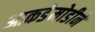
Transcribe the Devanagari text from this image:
आकडेमोडीने